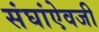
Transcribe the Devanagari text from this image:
संघांऐवजी